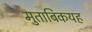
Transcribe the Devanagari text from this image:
मुताबिकयह